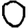
Digit: 0